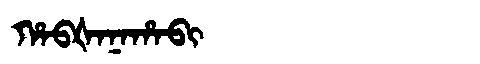
Manchu: ᡥᠠᠪᡧᠠᠨᠠᡥᠠᠪᡳ
Romanization: HABŠANAHABI